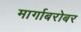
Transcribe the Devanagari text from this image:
मार्गाबरोबर